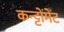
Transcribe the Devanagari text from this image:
कन्ट्टोंमेंट